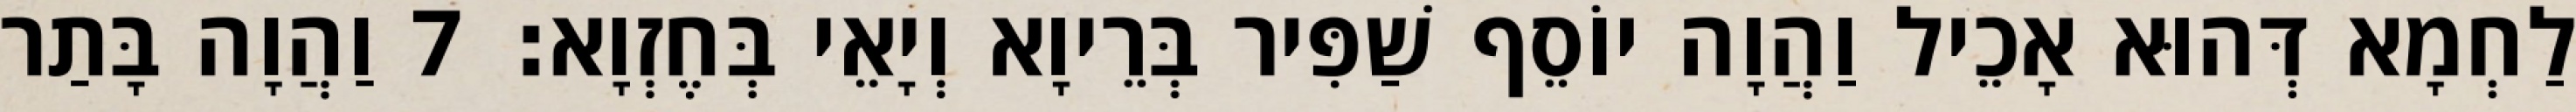
לַחְמָא דְּהוּא אָכֵיל וַהֲוָה יוֹסֵף שַׁפִּיר בְּרֵיוָא וְיָאֵי בְּחֶזְוָא׃ 7 וַהֲוָה בָּתַר